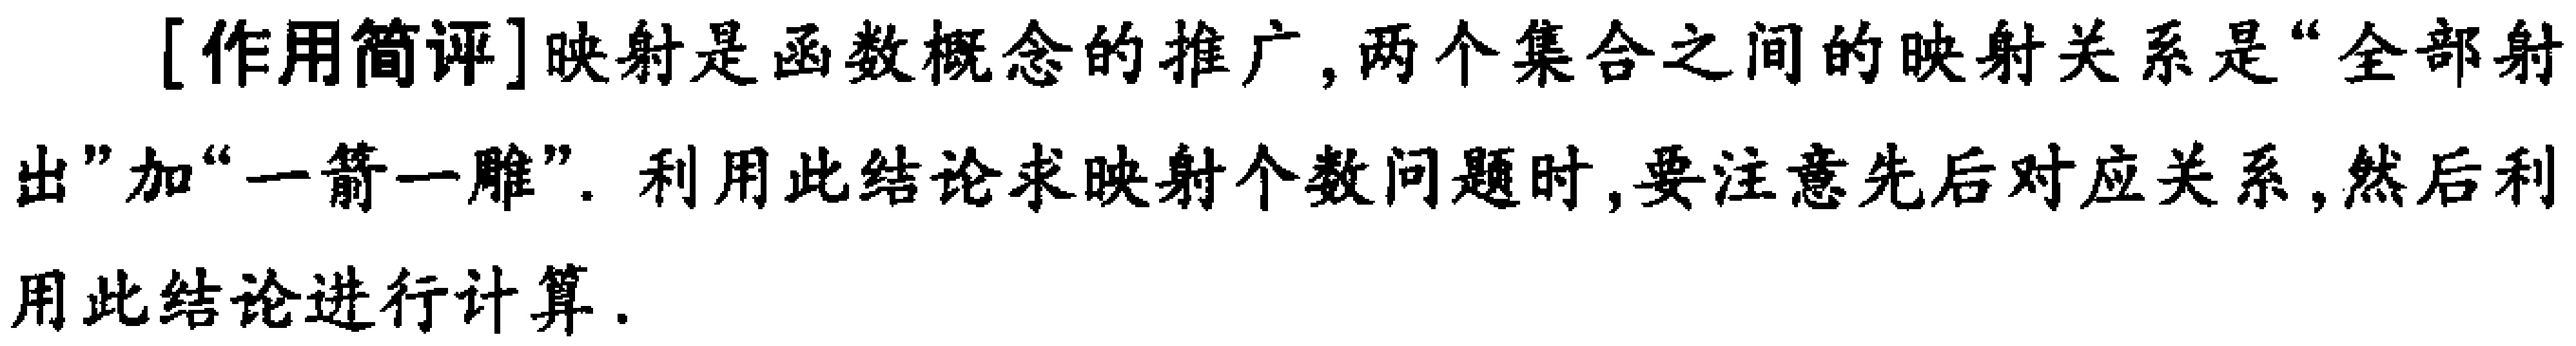
[作用简评]映射是函数概念的推广,两个集合之间的映射关系是“全部射出”加“一箭一雕”. 利用此结论求映射个数问题时,要注意先后对应关系,然后利用此结论进行计算.